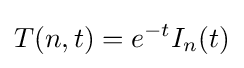
T(n,t)=e^{-t}I_{n}(t)